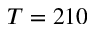
T = 2 1 0